Tartu_kinnistusamet, lk 16
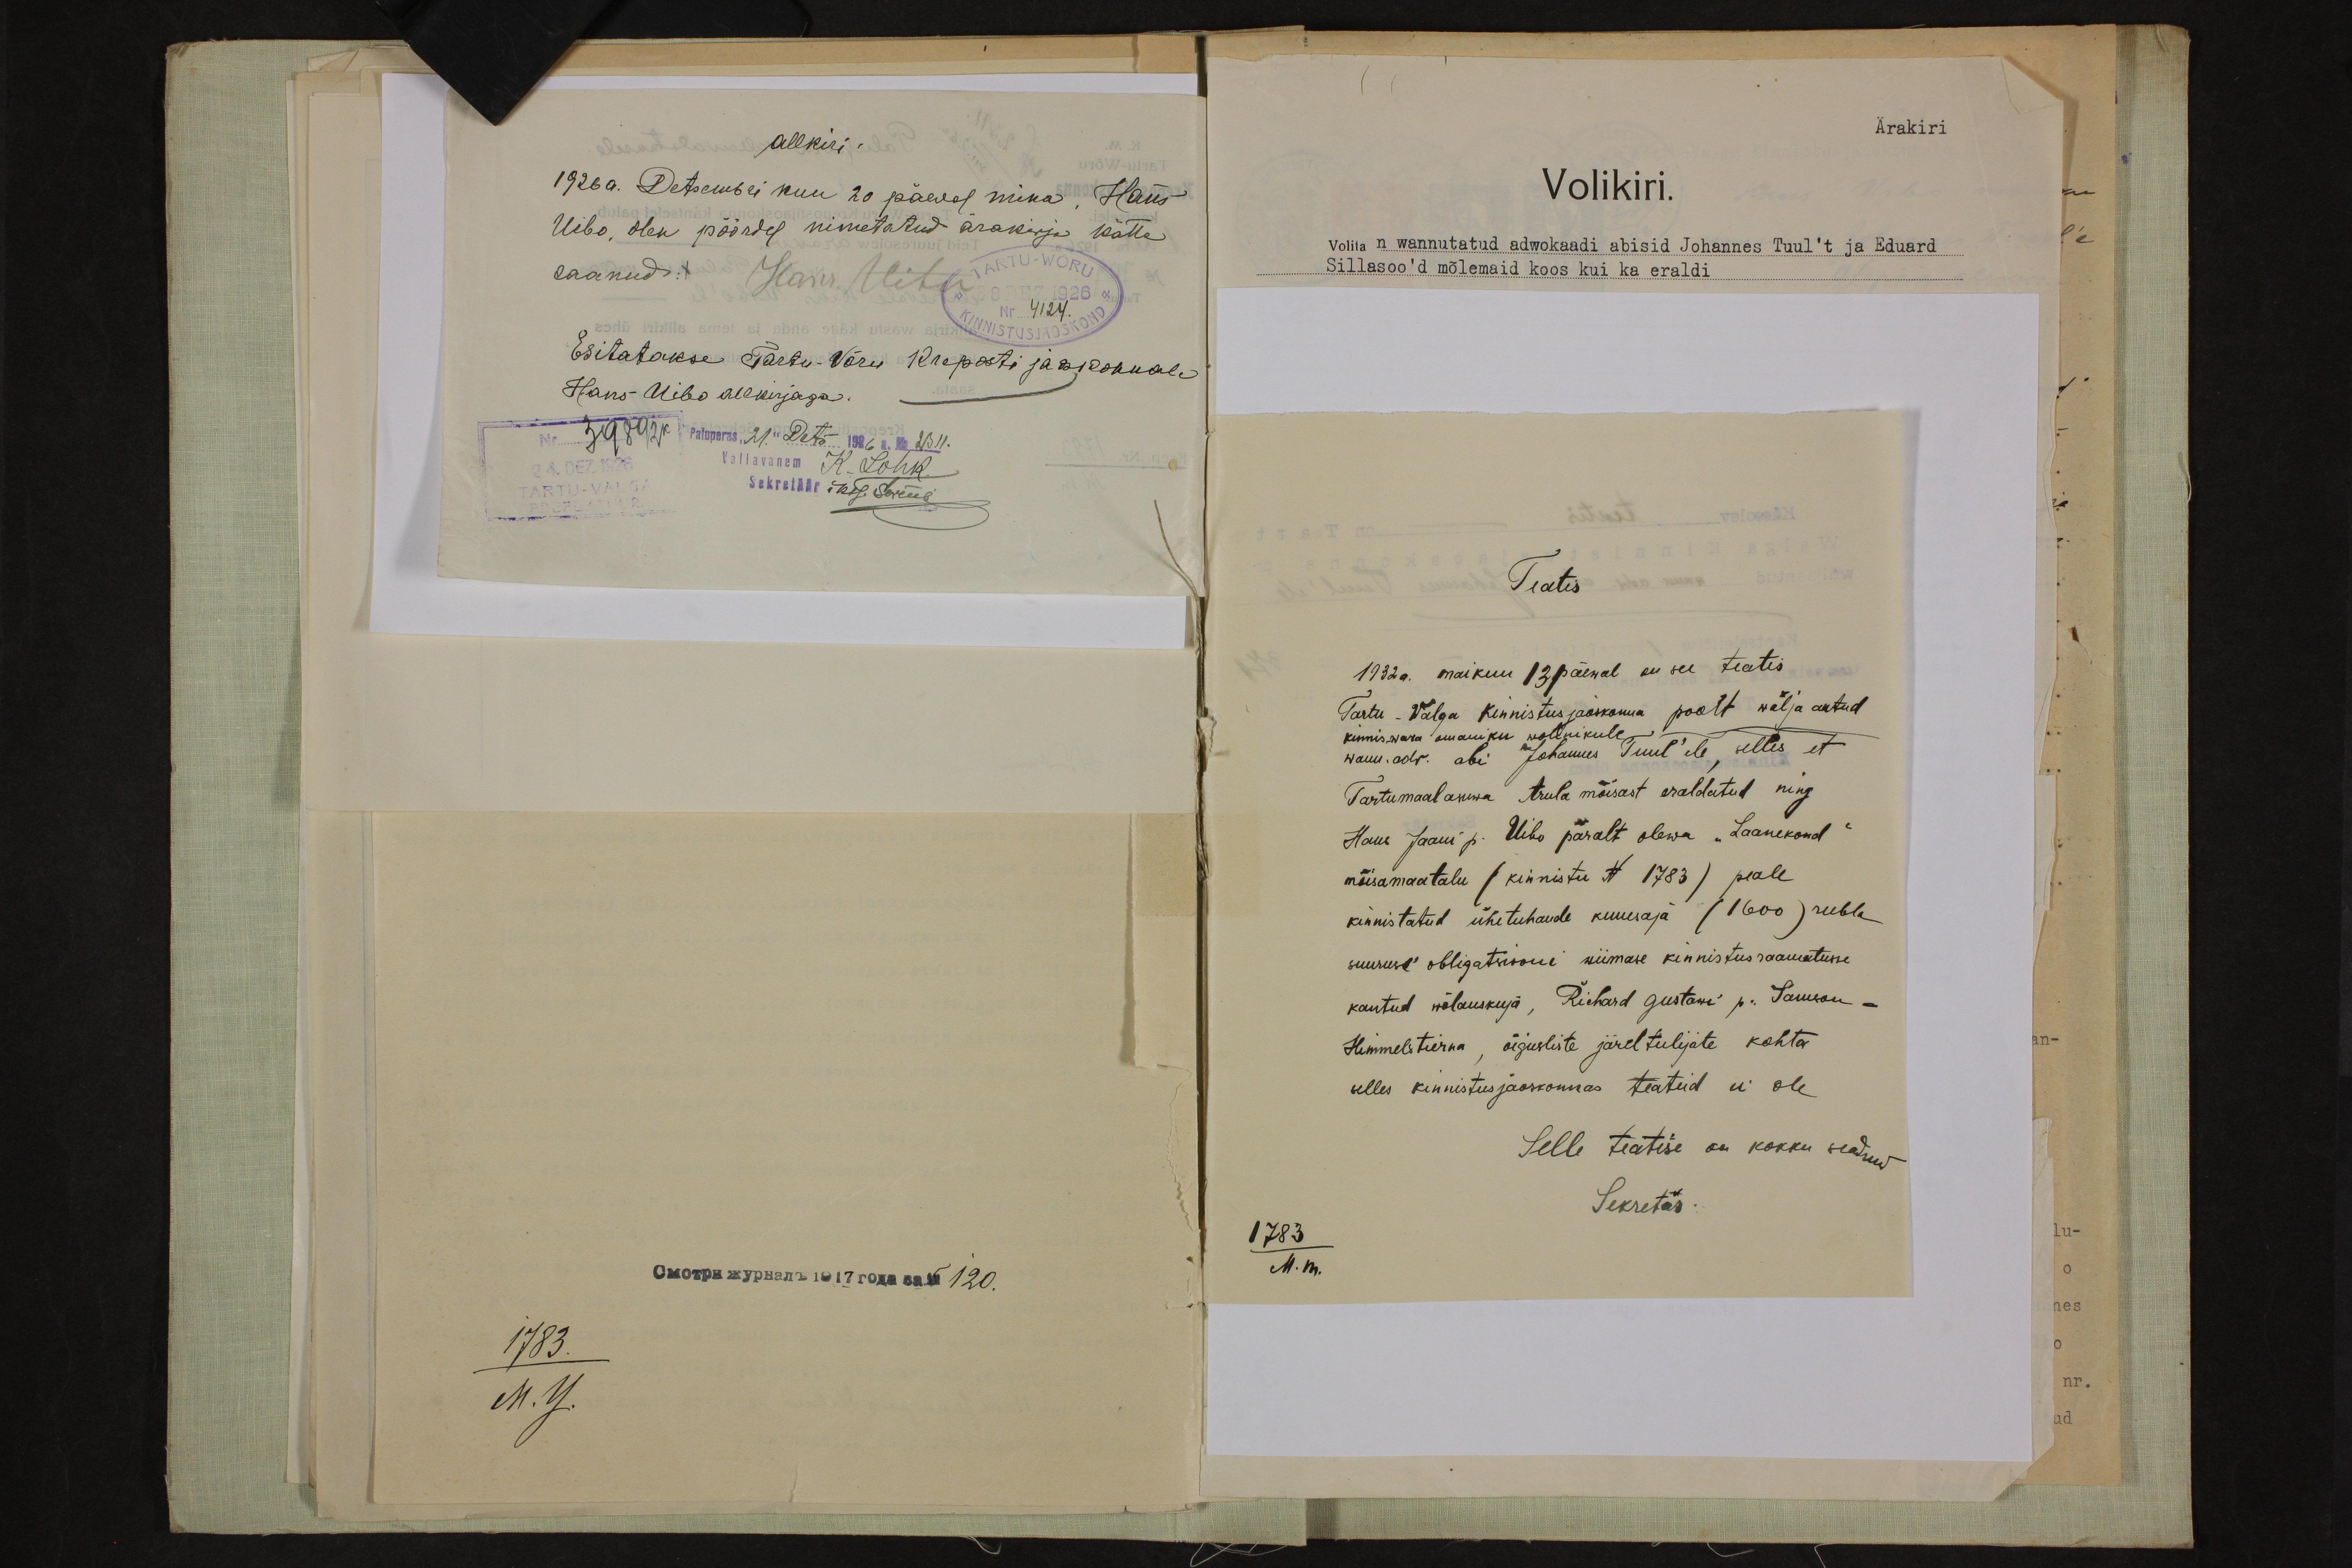
allkiri.
1926 a. Detsembri kuu 20 päeval mina, Hans
Uibo, olen pöördel nimetatud ärakirja kätte
saanud:
Hans Uibo
Nr. 4124
Esitatakse Tartu-Võru Kreposti jaoskonnale
Hans Uibo allkirjaga.
39892k Paluperas, 21. Dets 1926 a. No.2311
vallavanem K. Lohk
Sekretäär Iks. Sermees
1783.
M.Y.

Ärakiri
Volikiri.
Volita n wannutatud adwokaadi abisid Johannes Tuul't ja Eduard
Sillasoo'd mõlemaid koos kui ka eraldi.

Teatis
1932 a. maikuu 13 päewal on see teatis
Tartu - Walga kinnistus jaoskonna poolt wälja antud
kinniswara omaniku wolinikule
wann. adv. abi Johannes Tuul'ile, selles et
Tartumaal asuwa Arule mõisast eraldatud ning
Hans Jaani p. Uibo päralt olewa "Laanekond"
mõisamaatalu (kinnistu N 1783) peale
kinnistatud ühetuhande kuuesaja (1600) rubla
suuruse" obligatsiooni wiimase kinnistusraamatusse.
kantud wõlauskuja, Richard Gustav'i p. Samson -
Himmelstierna, õigusliste järeltulijate kohta
selles kinnistusjaokonnas teateid ei ole
Selle teatise on kokku seadnud
Sekretär:
1783
M. m.